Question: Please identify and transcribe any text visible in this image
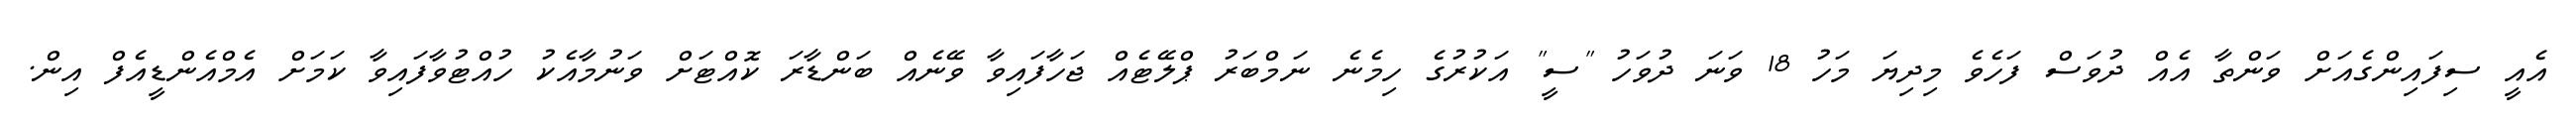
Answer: އެއީ ސިފައިންގެއަށް ވަންތާ އެއް ދުވަސް ފަހެވެ މިދިޔަ މަހު 18 ވަނަ ދުވަހު "ސީ" އަކުރުގެ ހިމެނެ ނަމްބަރު ޕްލޭޓެއް ޖަހާފައިވާ ވޭނެއް ބަންޑާރަ ކޮއްޓަށް ވަނުމާއެކު ހުއްޓުވާފައިވާ ކަމަށް އެމްއެންޑީއެފް އިން.